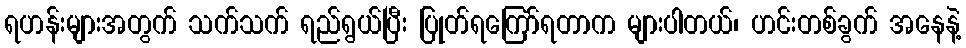
ရဟန်းများအတွက် သက်သက် ရည်ရွယ်ပြီး ပြုတ်ရကြော်ရတာက များပါတယ်၊ ဟင်းတစ်ခွက် အနေနဲ့